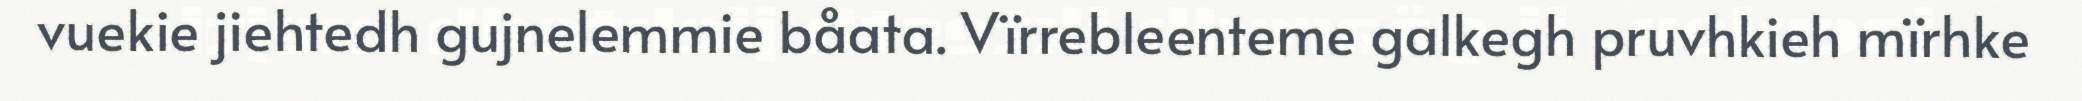
vuekie jiehtedh gujnelemmie båata. Vïrrebleenteme galkegh pruvhkieh mïrhke